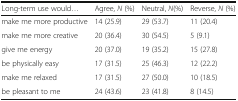
<table><thead><tr><td><b>Long-term use would...</b></td><td><b>Agree, <i>N</i> (%)</b></td><td><b>Neutral, <i>N</i>(%)</b></td><td><b>Reverse, <i>N</i> (%)</b></td></tr></thead><tbody><tr><td>make me more productive</td><td>14 (25.9)</td><td>29 (53.7)</td><td>11 (20.4)</td></tr><tr><td>make me more creative</td><td>20 (36.4)</td><td>30 (54.5)</td><td>5 (9.1)</td></tr><tr><td>give me energy</td><td>20 (37.0)</td><td>19 (35.2)</td><td>15 (27.8)</td></tr><tr><td>be physically easy</td><td>17 (31.5)</td><td>25 (46.3)</td><td>12 (22.2)</td></tr><tr><td>make me relaxed</td><td>17 (31.5)</td><td>27 (50.0)</td><td>10 (18.5)</td></tr><tr><td>be pleasant to me</td><td>24 (43.6)</td><td>23 (41.8)</td><td>8 (14.5)</td></tr></tbody></table>